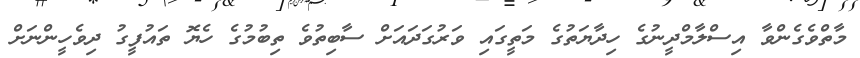
މާތްވެގެންވާ އިސްލާމްދީނުގެ ހިދާޔަތުގެ މަތީގައި ވަރުގަދައަށް ސާބިތުވެ ތިބުމުގެ ހެޔޮ ތައުފީގު ދިވެހީންނަށް